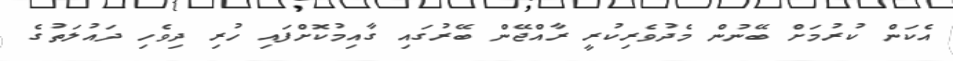
އެކަން ކުރުމަށް ބޭނުން މެދުވެރިކުރީ ރާއްޖޭން ބޭރުގައި ގާއިމުކޮށްފައި ހުރި ދިވެހި ދައުލަތުގެ